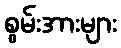
စွမ်းအားများ